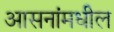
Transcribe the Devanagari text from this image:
आसनांमधील